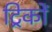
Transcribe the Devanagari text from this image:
ट्रिकों